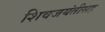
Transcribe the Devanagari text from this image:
शिवजयंतीसह